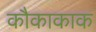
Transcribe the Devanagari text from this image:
कौकाकाक